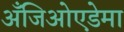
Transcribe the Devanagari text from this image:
अँजिओएडेमा